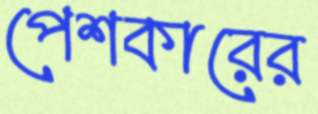
পেশকারের